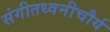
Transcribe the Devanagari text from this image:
संगीतध्वनीचौर्य